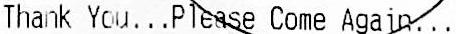
THANK YOU...PLEASE COME AGAIN...